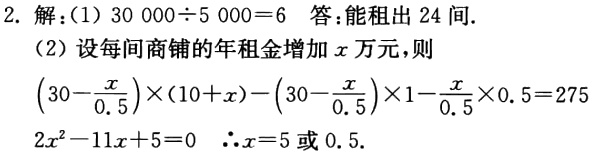
2. 解：(1) \(30000\div5000 = 6\) 答：能租出 \(24\) 间.

(2) 设每间商铺的年租金增加 \(x\) 万元，则

\(\left(30 - \frac{x}{0.5}\right)\times(10 + x)-\left(30 - \frac{x}{0.5}\right)\times1-\frac{x}{0.5}\times0.5 = 275\)

\(2x^{2}-11x + 5 = 0\)  \(\therefore x = 5\) 或 \(0.5\).